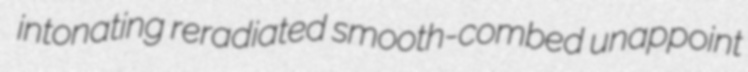
intonating reradiated smooth-combed unappoint